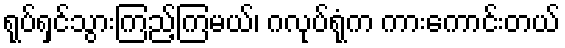
ရုပ်ရှင်သွားကြည့်ကြမယ်၊ ဂလုပ်ရုံက ကားကောင်းတယ်